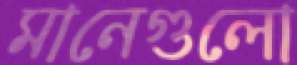
মানেগুলো